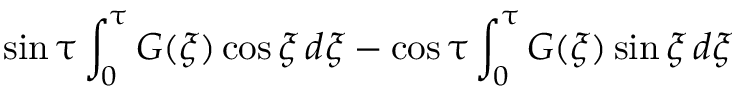
\sin { \uptau } \int _ { 0 } ^ { \uptau } G ( \xi ) \cos { \xi } \, d \xi - \cos { \uptau } \int _ { 0 } ^ { \uptau } G ( \xi ) \sin { \xi } \, d \xi